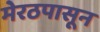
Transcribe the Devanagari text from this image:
मेरठपासून